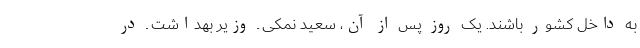
به داخل کشور باشند. یک روز پس از آن، سعید نمکی ـ وزیر بهداشت ـ در